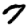
Digit: 7